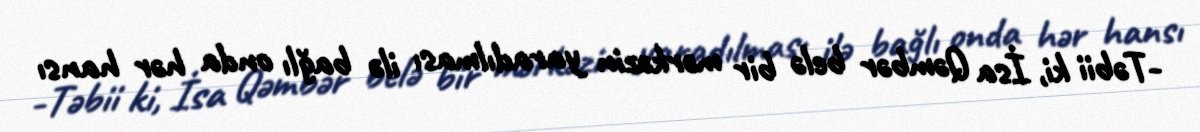
-Təbii ki, İsa Qəmbər belə bir mərkəzin yaradılması ilə bağlı onda hər hansı